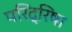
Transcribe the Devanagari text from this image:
परिद्रिषा